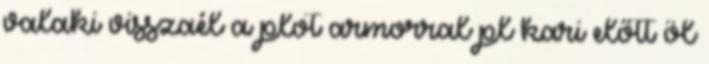
valaki visszaél a plot armorral pl kari előtt öl